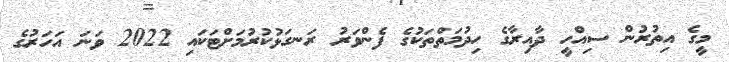
މީގެ އިތުރުން ސިއްހީ ދާއިރާގެ ހިދުމަތްތަކުގެ ފެންވަރު ރަނގަޅުކުރުމަށްޓަކައި 2022 ވަނަ އަހަރުގެ